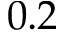
0 . 2